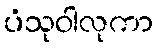
ပံသုဝါလုကာ